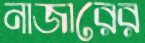
নাজারের